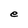
Character: e